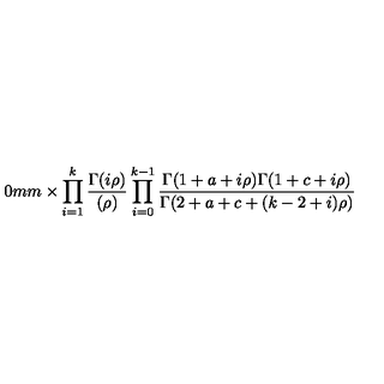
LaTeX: \hspace { 1 0 m m } \times \prod _ { i = 1 } ^ { k } \frac { \Gamma ( i \rho ) } { ( \rho ) } \prod _ { i = 0 } ^ { k - 1 } \frac { \Gamma ( 1 + a + i \rho ) \Gamma ( 1 + c + i \rho ) } { \Gamma ( 2 + a + c + ( k - 2 + i ) \rho ) }